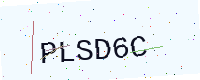
Text: PLSD6C